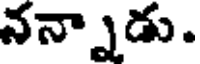
నన్నాడు.